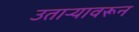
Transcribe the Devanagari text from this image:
उताऱ्यावरून